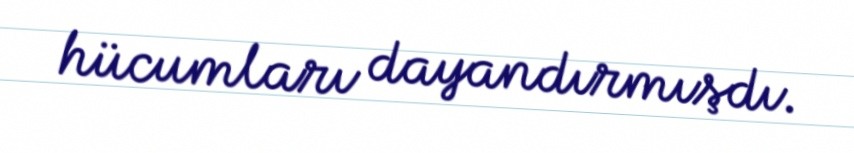
hücumları dayandırmışdı.